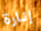
إنارة